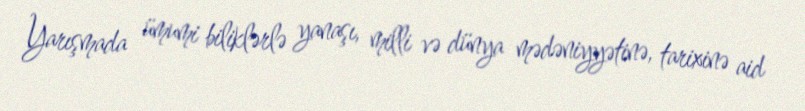
Yarışmada ümumi biliklərlə yanaşı, milli və dünya mədəniyyətinə, tarixinə aid